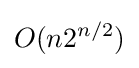
O(n2^{n/2})